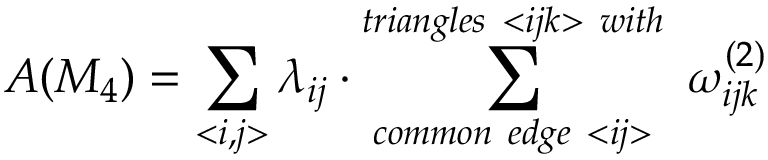
A ( M _ { 4 } ) = \sum _ { < i , j > } \lambda _ { i j } \cdot \sum _ { c o m m o n ~ e d g e ~ < i j > } ^ { t r i a n g l e s ~ < i j k > ~ w i t h } ~ \omega _ { i j k } ^ { ( 2 ) }